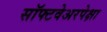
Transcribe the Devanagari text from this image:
सॉफ्टवेअरपेक्षा